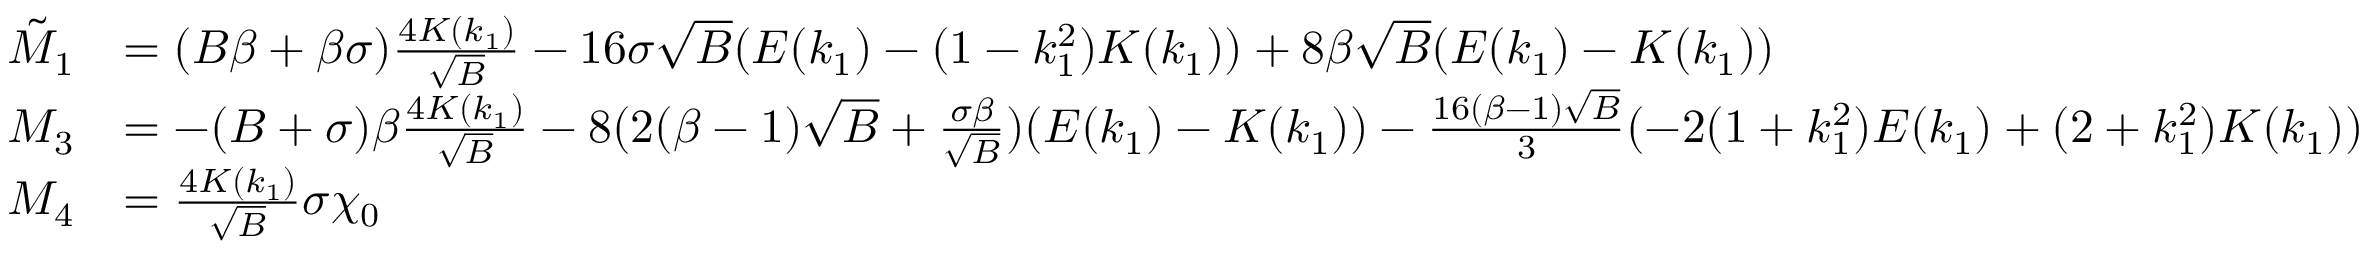
\begin{array} { r l } { \tilde { M } _ { 1 } } & { = ( B \beta + \beta \sigma ) \frac { 4 K ( k _ { 1 } ) } { \sqrt { B } } - 1 6 \sigma \sqrt { B } ( E ( k _ { 1 } ) - ( 1 - k _ { 1 } ^ { 2 } ) K ( k _ { 1 } ) ) + 8 \beta \sqrt { B } ( E ( k _ { 1 } ) - K ( k _ { 1 } ) ) } \\ { M _ { 3 } } & { = - ( B + \sigma ) \beta \frac { 4 K ( k _ { 1 } ) } { \sqrt { B } } - 8 ( 2 ( \beta - 1 ) \sqrt { B } + \frac { \sigma \beta } { \sqrt { B } } ) ( E ( k _ { 1 } ) - K ( k _ { 1 } ) ) - \frac { 1 6 ( \beta - 1 ) \sqrt { B } } { 3 } ( - 2 ( 1 + k _ { 1 } ^ { 2 } ) E ( k _ { 1 } ) + ( 2 + k _ { 1 } ^ { 2 } ) K ( k _ { 1 } ) ) } \\ { M _ { 4 } } & { = \frac { 4 K ( k _ { 1 } ) } { \sqrt { B } } \sigma \chi _ { 0 } } \end{array}